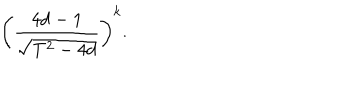
\left( \frac { 4 d - 1 } { \sqrt { T ^ { 2 } - 4 d } } \right) ^ { k } .